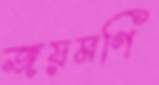
জয়মণি